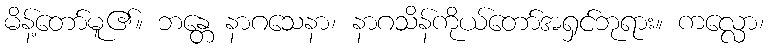
မိန့်တော်မူ၏။ ဘန္တေ နာဂသေနာ၊ နာဂသိန်ကိုယ်တော်အရှင်ဘုရား။ ကလ္လော၊